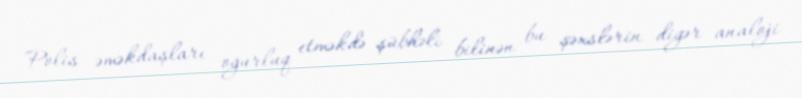
Polis əməkdaşları oğurluq etməkdə şübhəli bilinən bu şəxslərin digər analoji